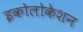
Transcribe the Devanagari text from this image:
इकोलोकेशन